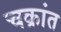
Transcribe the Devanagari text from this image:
चक्रांत